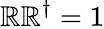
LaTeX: \mathbb{R}\mathbb{R}^{\dagger}=1